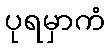
ပုရမှာကံ